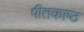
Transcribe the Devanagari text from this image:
पीतकाष्ठ